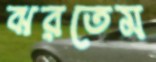
ঝরতেম